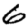
Digit: 6